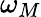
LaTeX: \omega_{M}